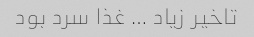
تاخیر زیاد … غذا سرد بود